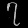
Digit: ၇